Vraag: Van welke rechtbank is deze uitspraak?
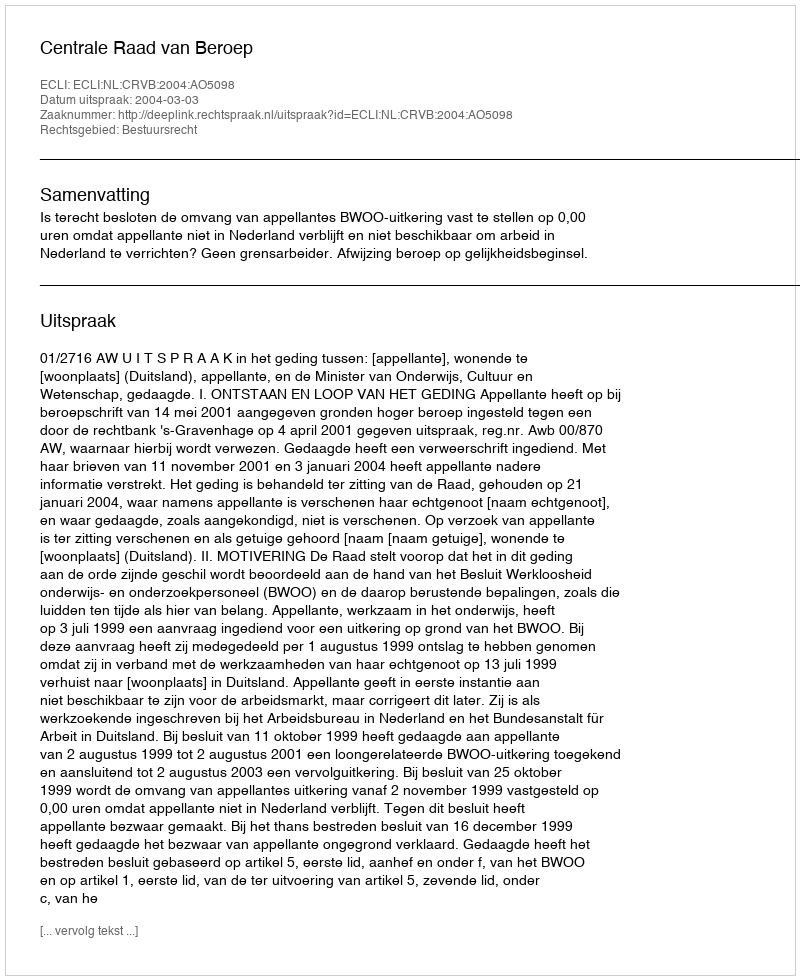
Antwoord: Centrale Raad van Beroep